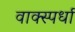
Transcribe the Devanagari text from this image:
वाक्स्पर्धा